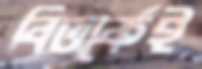
বিতর্কেই